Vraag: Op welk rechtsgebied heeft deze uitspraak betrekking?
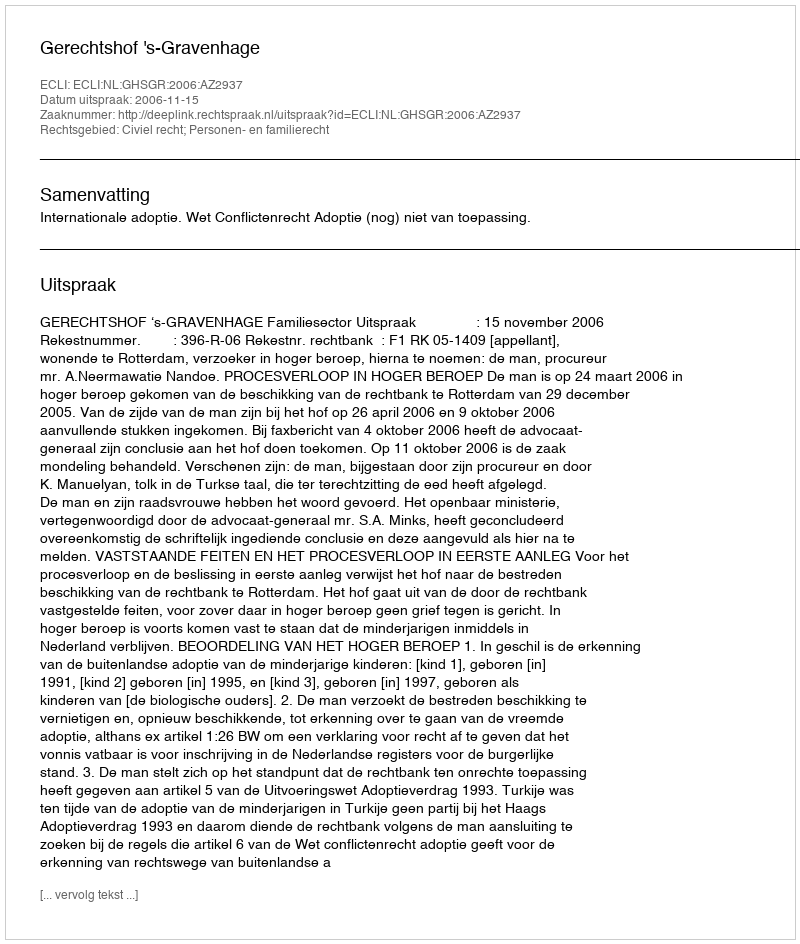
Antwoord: Civiel recht; Personen- en familierecht